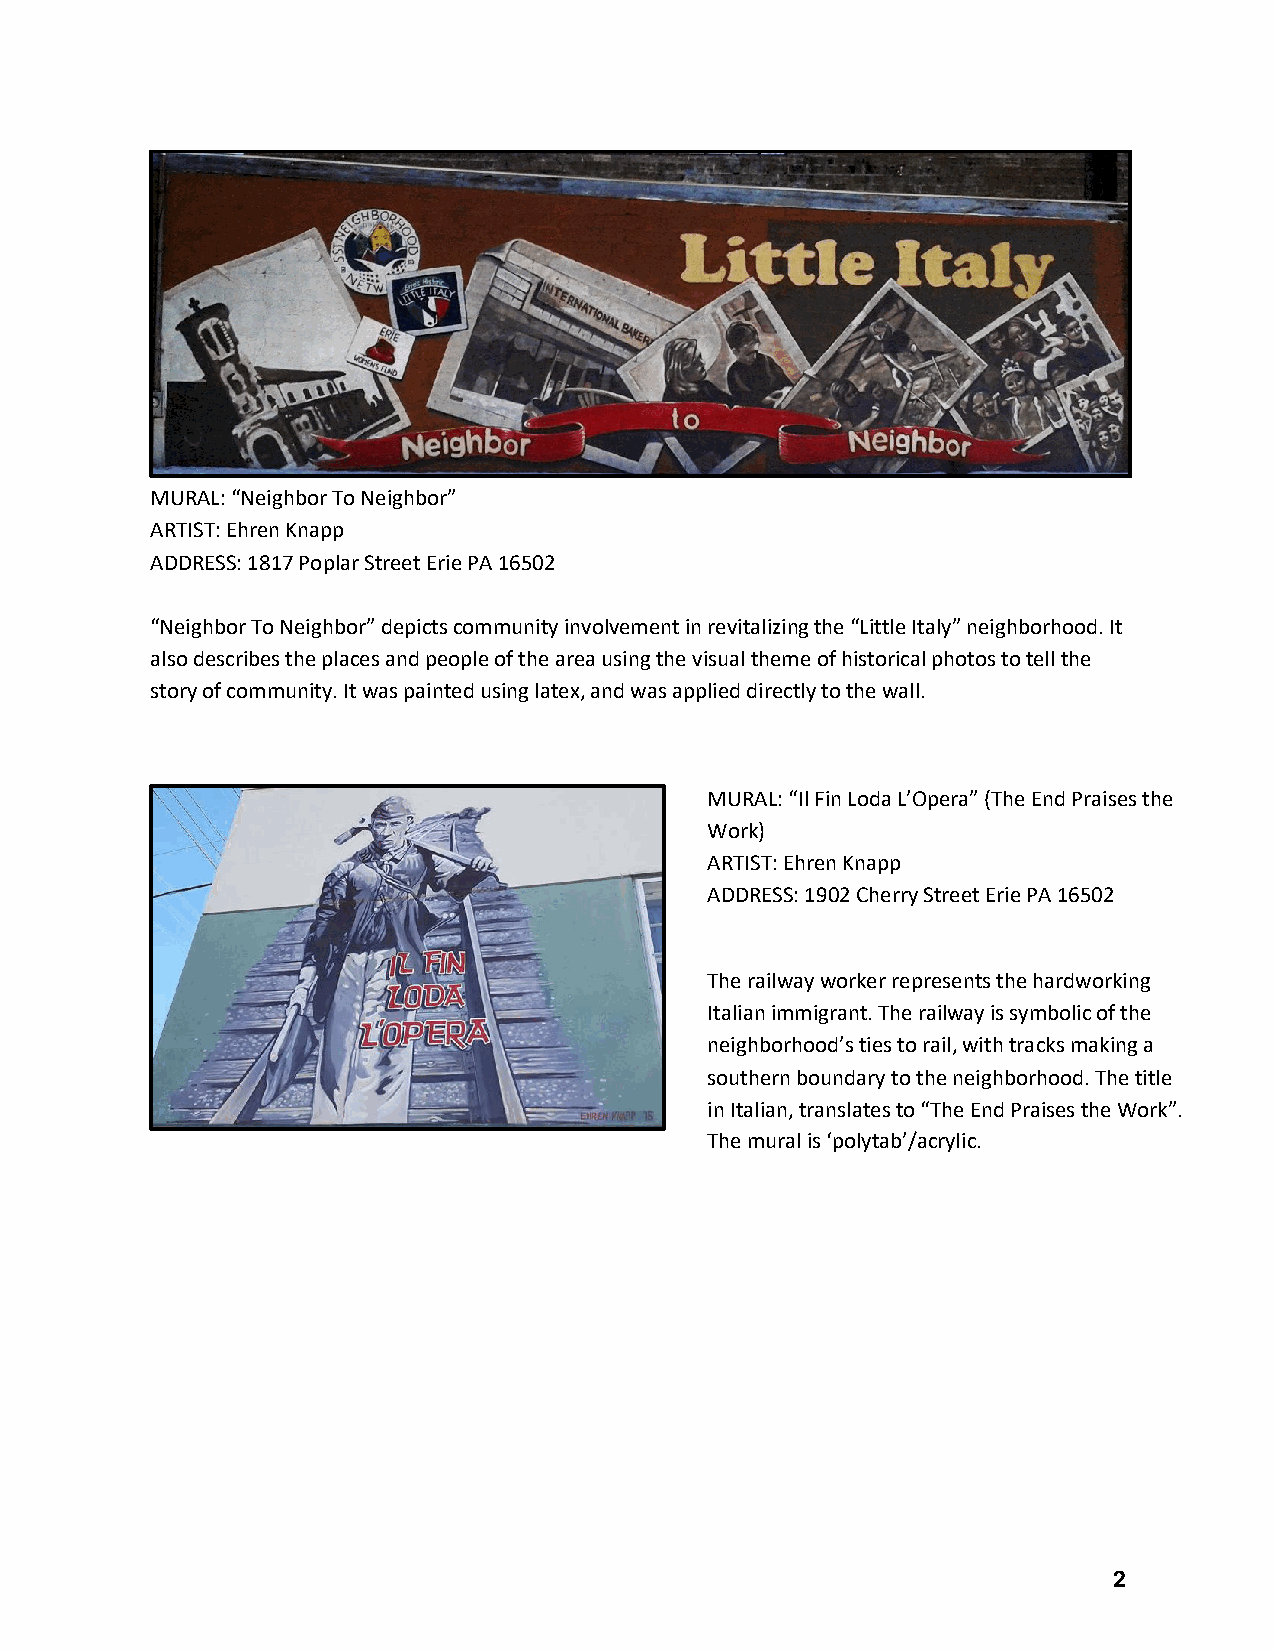
MURAL: “Neighbor To Neighbor”
 ARTIST: Ehren Knapp
 ADDRESS: 1817 Poplar Street Erie PA 16502
 “Neighbor To Neighbor” depicts community involvement in revitalizing the “Little Italy” neighborhood. It
 also describes the places and people of the area using the visual theme of historical photos to tell the
 story of community. It was painted using latex, and was applied directly to the wall.
 MURAL: “Il Fin Loda L’Opera” (The End Praises the
 Work)
 ARTIST: Ehren Knapp
 ADDRESS: 1902 Cherry Street Erie PA 16502
 The railway worker represents the hardworking
 Italian immigrant. The railway is symbolic of the
 neighborhood’s ties to rail, with tracks making a
 southern boundary to the neighborhood. The title
 in Italian, translates to “The End Praises the Work”.
 The mural is ‘polytab’/acrylic.
 2